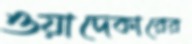
ওয়াদেকারের